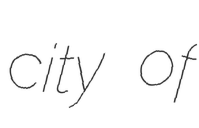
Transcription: city of